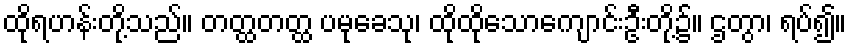
ထိုရဟန်းတို့သည်။ တတ္ထတတ္ထ ပမုခေသု၊ ထိုထိုသောကျောင်းဦးတို့၌။ ဌတွာ၊ ရပ်၍။